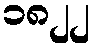
၁၈၂၂